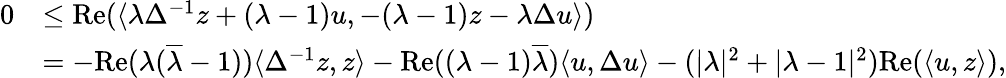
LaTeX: \begin{array}{rl}{0}&{\leq\mathrm{Re}(\langle\lambda\Delta^{-1}z+(\lambda-1)u,-(\lambda-1)z-\lambda\Delta u\rangle)}\\ &{=-\mathrm{Re}(\lambda(\overline{\lambda}-1))\langle\Delta^{-1}z,z\rangle-\mathrm{Re}((\lambda-1)\overline{\lambda})\langle u,\Delta u\rangle-(\vert\lambda\vert^{2}+\vert\lambda-1\vert^{2})\mathrm{Re}(\langle u,z\rangle),}\end{array}